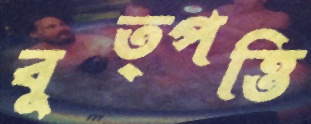
বুত্পত্তি